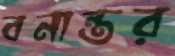
বনান্তর